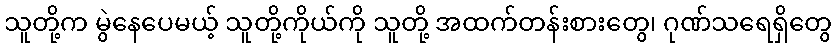
သူတို့က မွဲနေပေမယ့် သူတို့ကိုယ်ကို သူတို့ အထက်တန်းစားတွေ၊ ဂုဏ်သရေရှိတွေ